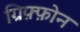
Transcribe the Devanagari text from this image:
ग्रिफ़्फ़ोन